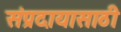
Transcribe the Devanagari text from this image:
संप्रदायासाठी